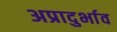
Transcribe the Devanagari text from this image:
अप्रादुर्भाव